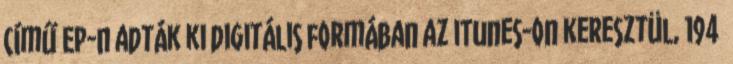
című EP-n adták ki digitális formában az iTunes-on keresztül, 194